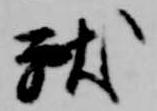
献